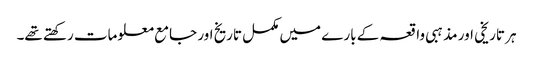
ہر تاریخی اور مذہبی واقعہ کے بارے میں مکمل تاریخ اور جامع معلومات رکھتے تھے۔